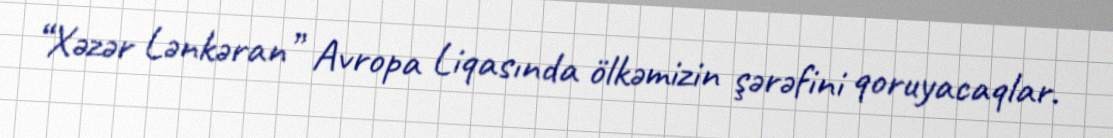
“Xəzər Lənkəran” Avropa Liqasında ölkəmizin şərəfini qoruyacaqlar.